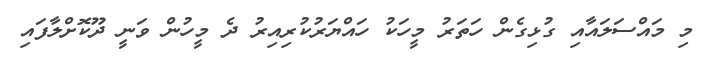
މި މައްސަލައާއި ގުޅިގެން ހަތަރު މީހަކު ހައްޔަރުކުރިއިރު ދެ މީހުން ވަނީ ދޫކޮށްލާފައި